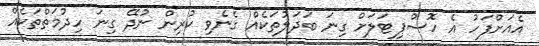
އެއަށްފަހު އެ ހޮސްޕިޓަލަށް ގިނަ ބަދަލުތަކެއް ގެނެވި ކުރިން ނުދޭ ގިނަ ހިދުމަތްތަކެއް